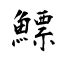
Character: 鰾